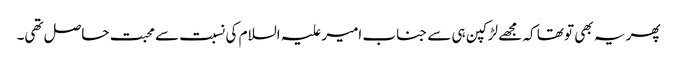
پھر یہ بھی تو تھا کہ مجھے لڑکپن ہی سے جناب امیر علیہ السلام کی نسبت سے محبت حاصل تھی۔